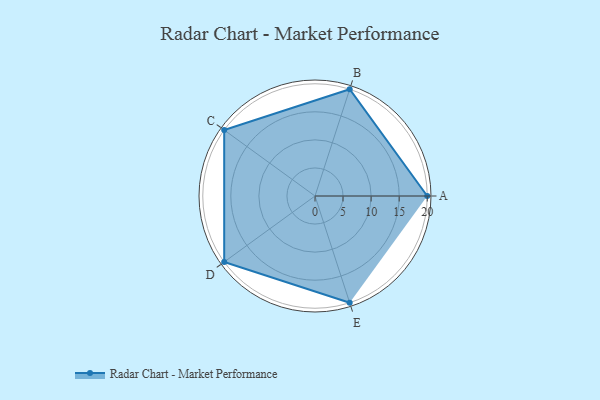
{"axis": {"x": "Skill", "y": "Score"}, "legend": ["Profile"], "data": [{"x": "A", "y": 20, "type": "Profile"}, {"x": "B", "y": 20, "type": "Profile"}, {"x": "C", "y": 20, "type": "Profile"}, {"x": "D", "y": 20, "type": "Profile"}, {"x": "E", "y": 20, "type": "Profile"}]}